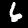
Label: 6